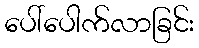
ပေါ်ပေါက်လာခြင်း